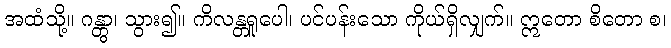
အထံသို့။ ဂန္တွာ၊ သွား၍။ ကိလန္တရူပေါ၊ ပင်ပန်းသော ကိုယ်ရှိလျှက်။ ဣတော စိတော စ၊